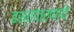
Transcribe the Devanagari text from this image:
हस्तांतरणाचे